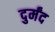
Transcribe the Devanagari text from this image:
दुर्मंद